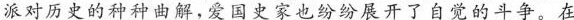
派对历史的种种曲解，爱国史家也纷纷展开了自觉的斗争。在